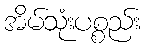
အိမ်သုံးပစ္စည်း